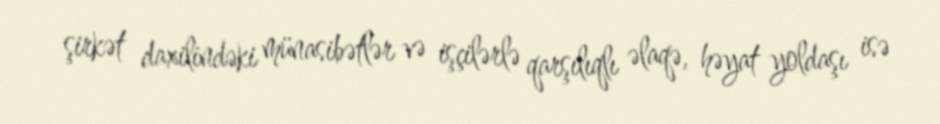
şirkət daxilindəki münasibətlər və işçilərlə qarşılıqlı əlaqə, həyat yoldaşı isə